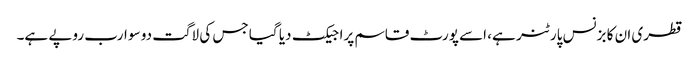
قطری ان کا بزنس پارٹنر ہے، اسے پورٹ قاسم پراجیکٹ دیا گیا جس کی لاگت دو سو ارب روپے ہے۔